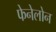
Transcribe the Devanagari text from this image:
फेनेलोन